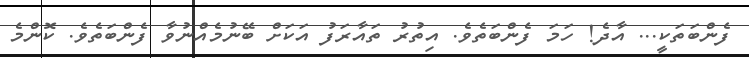
ފެންބަތަކީ... އާދެ! ހަމަ ފެންބަތެވެ. އިތުރު ތައާރަފު އަކަށް ބޭނުމެއްނުވާ ފެންބަތެވެ. ކޮންމެ